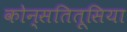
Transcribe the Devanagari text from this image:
कोन्सतितूसिया